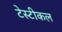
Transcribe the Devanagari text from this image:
टेस्टीकल